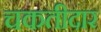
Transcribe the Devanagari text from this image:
चकतीदार